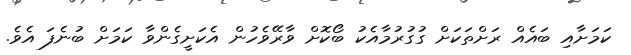
ކަމަށާއި ބައެއް ރަށްތަކަށް ގުގުރުމާއެކު ބޯކޮށް ވާރޭވެހުން އެކަށީގެންވާ ކަމަށް ބުނެފަ އެވެ.